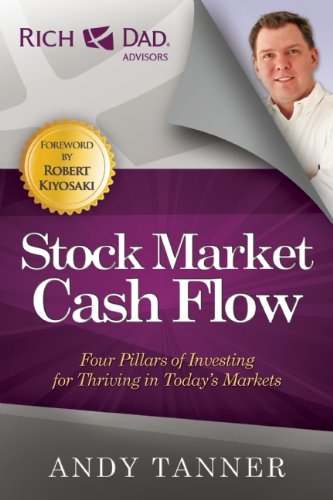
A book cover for The Stock Market Cash Flow: Four Pillars of Investing for Thriving in TodayEEs Markets (Rich Dad Advisors); Andy Tanner; Business & Money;